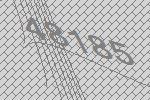
48185